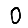
Digit: 0